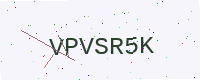
Text: VPVSR5K